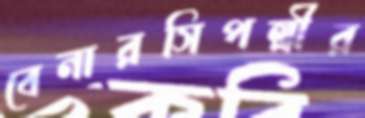
বেনারসিপল্লীর